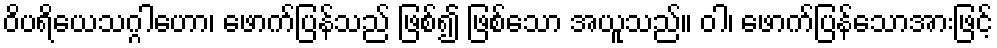
ဝိပရိယေသဂ္ဂါဟော၊ ဖောက်ပြန်သည် ဖြစ်၍ ဖြစ်သော အယူသည်။ ဝါ၊ ဖောက်ပြန်သောအားဖြင့်